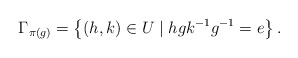
\begin{align*}\Gamma_{\pi(g)} = \left\{(h,k)\in U \mid hgk^{-1}g^{-1} = e\right\}.\end{align*}